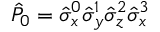
\hat { P } _ { 0 } = \hat { \sigma } _ { x } ^ { 0 } \hat { \sigma } _ { y } ^ { 1 } \hat { \sigma } _ { z } ^ { 2 } \hat { \sigma } _ { x } ^ { 3 }